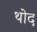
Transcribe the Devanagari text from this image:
थोद